Indian journal of veterinary science and animal husbandry - Volume 8,
Year: 1938
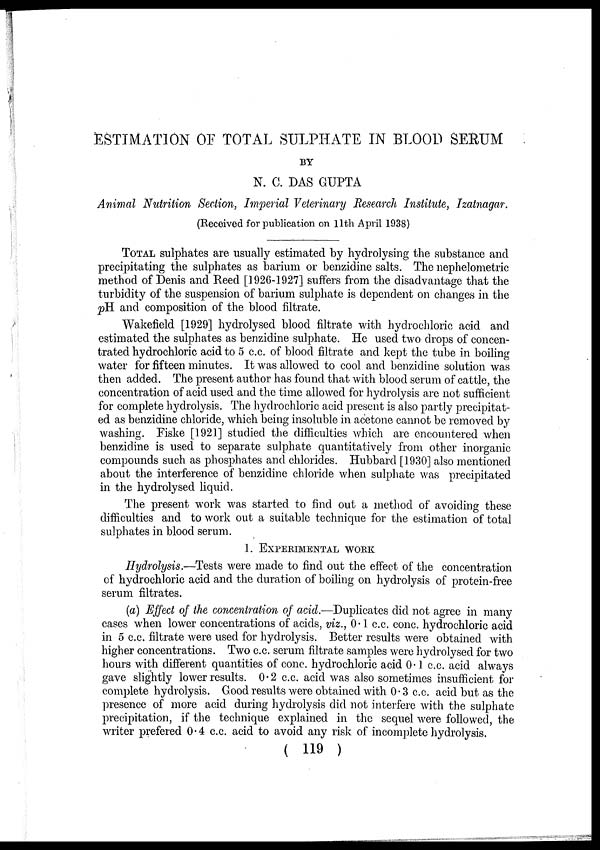
ESTIMATION OF TOTAL SULPHATE IN BLOOD SERUM
BY
N. C. DAS GUPTA
Animal Nutrition Section, Imperial Veterinary Research Institute, Izatnagar.
(Received for publication on 11th April 1938)
TOTAL sulphates are usually estimated by hydrolysing the substance and
precipitating the sulphates as barium or benzidine salts. The nephelometric
method of Denis and Reed [1926-1927] suffers from the disadvantage that the
turbidity of the suspension of barium sulphate is dependent on changes in the
pH. and composition of the blood filtrate.
Wakefield [1929] hydrolysed blood filtrate with hydrochloric acid and
estimated the sulphates as benzidine sulphate. He used two drops of concen-
trated hydrochloric acid to 5 c.c. of blood filtrate and kept the tube in boiling
water for fifteen minutes. It was allowed to cool and benzidine solution was
then added. The present author has found that with blood serum of cattle, the
concentration of acid used and the time allowed for hydrolysis are not sufficient
for complete hydrolysis. The hydrochloric acid present is also partly precipitat-
ed as benzidine chloride, which being insoluble in acetone cannot be removed by
washing. Fiske [1921] studied the difficulties which are encountered when
benzidine is used to separate sulphate quantitatively from other inorganic
compounds such as phosphates and chlorides. Hubbard [1930] also mentioned
about the interference of benzidine chloride when sulphate was precipitated
in the hydrolysed liquid.
The present work was started to find out a method of avoiding these
difficulties and to work out a suitable technique for the estimation of total
sulphates in blood serum.
1. EXPERIMENTAL WORK
Hydrolysis.—Tests were made to find out the effect of the concentration
of hydrochloric acid and the duration of boiling on hydrolysis of protein-free
serum filtrates.
(a) Effect of the concentration of acid.—Duplicates did not agree in many
cases when lower concentrations of acids, viz., 0.1 c.c. conc. hydrochloric acid
in 5 c.c. filtrate were used for hydrolysis. Better results were obtained with
higher concentrations. Two c.c. serum filtrate samples were hydrolysed for two
hours with different quantities of conc. hydrochloric acid 0.1 c.c. acid always
gave slightly lower results. 0.2 c.c. acid was also sometimes insufficient for
complete hydrolysis. Good results were obtained with 0.3 c.c. acid but as the
presence of more acid during hydrolysis did not interfere with the sulphate
precipitation, if the technique explained in the sequel were followed, the
writer prefered 0.4 c.c. acid to avoid any risk of incomplete hydrolysis.
( 119 )